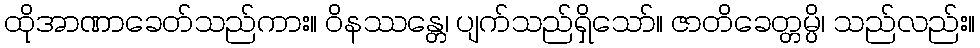
ထိုအာဏာခေတ်သည်ကား။ ဝိနဿန္တေ၊ ပျက်သည်ရှိသော်။ ဇာတိခေတ္တမ္ပိ၊ သည်လည်း။